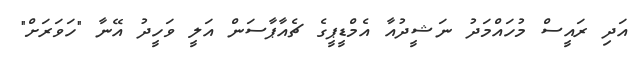
އަދި ރައީސް މުހައްމަދު ނަޝީދުއާ އެމްޑީޕީގެ ޗެއާޕާސަން އަލީ ވަހީދު އޭނާ "ހަވަރަށް"